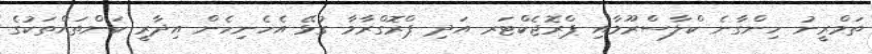
ތަމްރީނު ހިންގާނެ ކްލާސްރޫމާއި ޕްރޮޖެކްޓަރ އަދި ޕްރޮގްރާމާ ގުޅޭ އެހެނިހެން އިދާރީ ކަންތައްތަކުގެ